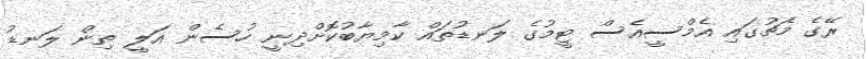
ރޭގެ މެޗުގައި އެމްސީއެސް ޓީމުގެ ލަނޑުތައް ކާމިޔާބުކޮށްދިނީ ހުސެން އަލީ ތިން ލަނޑު